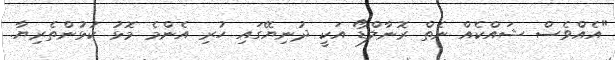
"އެއްވެސް ޝައްކެއް ނެތް ރޮނާލްޑޯ އަކީ ދުނިޔޭގައި ހުރި އެންމެ މޮޅު ކުޅުންތެރިޔާ.